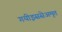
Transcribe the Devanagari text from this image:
गयीइससेअमृत